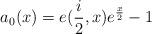
LaTeX: \begin{align*}a_{0}(x)=e(\frac{i}{2},x)e^{\frac{x}{2}}-1 \end{align*}